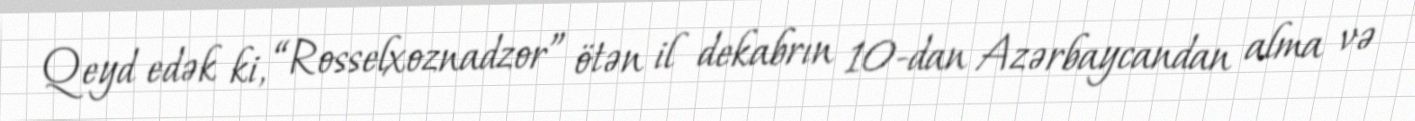
Qeyd edək ki, “Rosselxoznadzor” ötən il dekabrın 10-dan Azərbaycandan alma və